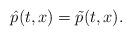
LaTeX: \begin{align*} \hat p(t,x)= \tilde p(t,x).\end{align*}